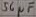
Text: 56µF